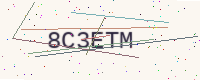
Text: 8C3ETM